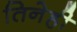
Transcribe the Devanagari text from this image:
तिनेही